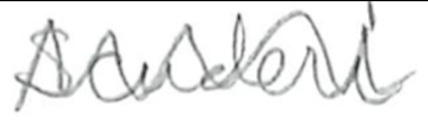
Text: Scuderi
Cross-out: mix
Writing tool: pencil